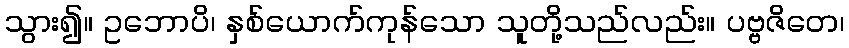
သွား၍။ ဥဘောပိ၊ နှစ်ယောက်ကုန်သော သူတို့သည်လည်း။ ပဗ္ဗဇိတေ၊